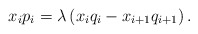
\begin{align*}x_ip_i=\lambda \left(x_iq_i-x_{i+1}q_{i+1} \right).\end{align*}